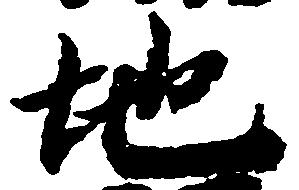
地